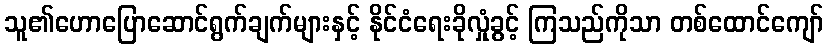
သူ၏ဟောပြောဆောင်ရွက်ချက်များနှင့် နိုင်ငံရေးခိုလှုံခွင့် ကြသည်ကိုသာ တစ်ထောင်ကျော်